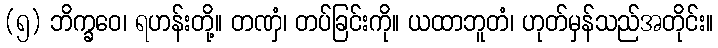
(၅) ဘိက္ခဝေ၊ ရဟန်းတို့။ တဏှံ၊ တပ်ခြင်းကို။ ယထာဘူတံ၊ ဟုတ်မှန်သည်အတိုင်း။